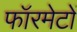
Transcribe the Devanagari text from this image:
फॉरमेटों